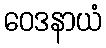
ဝေဒနာယံ